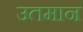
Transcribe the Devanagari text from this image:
उतमान